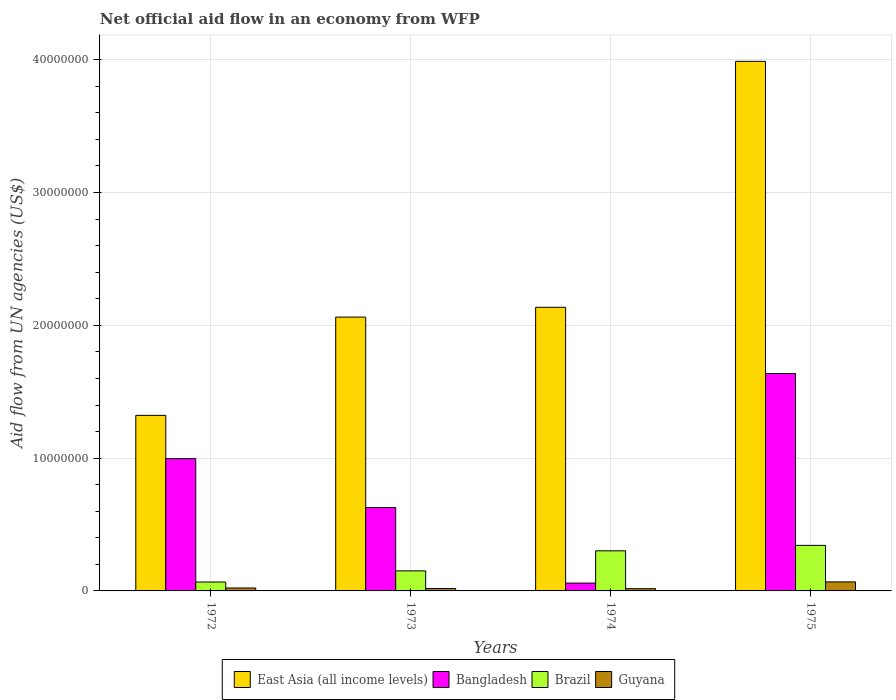
| Years | East Asia (all income levels) | Bangladesh | Brazil | Guyana |
 | --- | --- | --- | --- | --- |
 | 1972 | 1.32e+07 | 9.96e+06 | 6.7e+05 | 2.2e+05 |
 | 1973 | 2.06e+07 | 6.28e+06 | 1.51e+06 | 1.8e+05 |
 | 1974 | 2.14e+07 | 5.9e+05 | 3.02e+06 | 1.7e+05 |
 | 1975 | 3.99e+07 | 1.64e+07 | 3.43e+06 | 6.8e+05 |